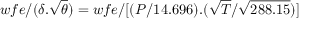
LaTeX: w f e / ( { \delta } . { \sqrt { \theta } } ) = w f e / [ ( P / 1 4 . 6 9 6 ) . ( { \sqrt { T } } / { \sqrt { 2 8 8 . 1 5 } } ) ]